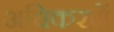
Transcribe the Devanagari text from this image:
अधिकरणें